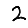
Digit: 2